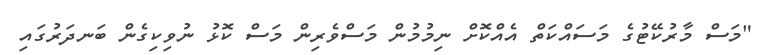
"މަސް މާރުކޭޓުގެ މަސައްކަތް އެއްކޮށް ނިމުމުން މަސްވެރިން މަސް ކޮޅު ނުވިކިގެން ބަނދަރުގައި